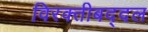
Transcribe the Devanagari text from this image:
विरक्तीबद्दल